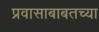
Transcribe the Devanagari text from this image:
प्रवासाबाबतच्या